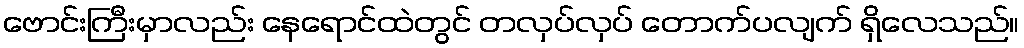
ဗောင်းကြီးမှာလည်း နေရောင်ထဲတွင် တလှပ်လှပ် တောက်ပလျက် ရှိလေသည်။